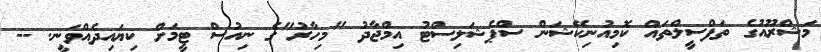
މަޝްރޫއުގެ ތަފްސީލްތައް ކޮމިއުނިކޭޝަން ސްޕެޝަލިސްޓު އިމްޖާދު "މިހާރު"ގެ ނިއުސް ޓީމަށް ކިޔައިދެއްވަނީ. --